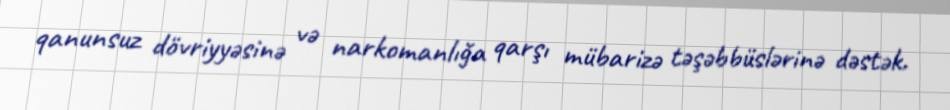
qanunsuz dövriyyəsinə və narkomanlığa qarşı mübarizə təşəbbüslərinə dəstək.